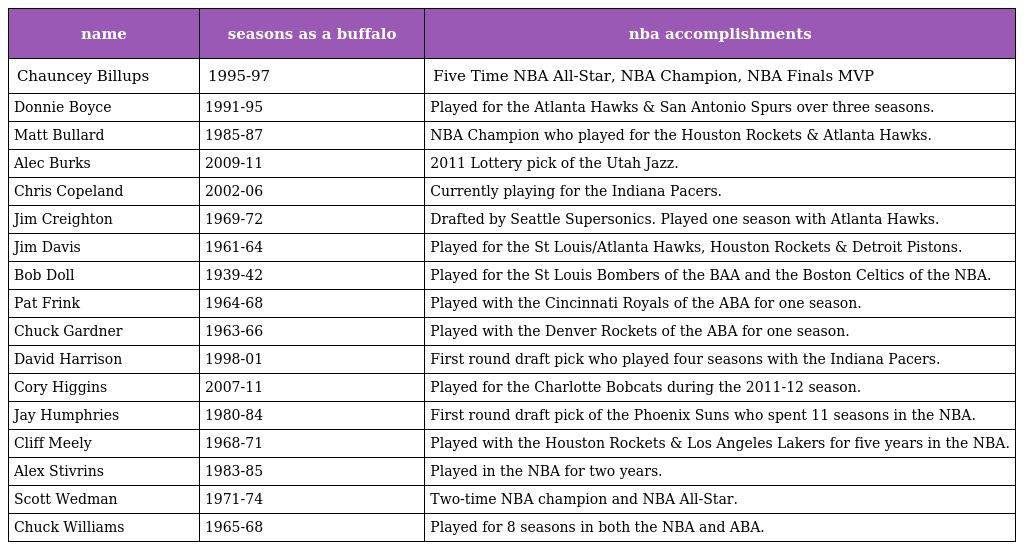
| name | seasons as a buffalo | nba accomplishments |
 | --- | --- | --- |
 | Chauncey Billups | 1995-97 | Five Time NBA All-Star, NBA Champion, NBA Finals MVP |
 | Donnie Boyce | 1991-95 | Played for the Atlanta Hawks & San Antonio Spurs over three seasons. |
 | Matt Bullard | 1985-87 | NBA Champion who played for the Houston Rockets & Atlanta Hawks. |
 | Alec Burks | 2009-11 | 2011 Lottery pick of the Utah Jazz. |
 | Chris Copeland | 2002-06 | Currently playing for the Indiana Pacers. |
 | Jim Creighton | 1969-72 | Drafted by Seattle Supersonics. Played one season with Atlanta Hawks. |
 | Jim Davis | 1961-64 | Played for the St Louis/Atlanta Hawks, Houston Rockets & Detroit Pistons. |
 | Bob Doll | 1939-42 | Played for the St Louis Bombers of the BAA and the Boston Celtics of the NBA. |
 | Pat Frink | 1964-68 | Played with the Cincinnati Royals of the ABA for one season. |
 | Chuck Gardner | 1963-66 | Played with the Denver Rockets of the ABA for one season. |
 | David Harrison | 1998-01 | First round draft pick who played four seasons with the Indiana Pacers. |
 | Cory Higgins | 2007-11 | Played for the Charlotte Bobcats during the 2011-12 season. |
 | Jay Humphries | 1980-84 | First round draft pick of the Phoenix Suns who spent 11 seasons in the NBA. |
 | Cliff Meely | 1968-71 | Played with the Houston Rockets & Los Angeles Lakers for five years in the NBA. |
 | Alex Stivrins | 1983-85 | Played in the NBA for two years. |
 | Scott Wedman | 1971-74 | Two-time NBA champion and NBA All-Star. |
 | Chuck Williams | 1965-68 | Played for 8 seasons in both the NBA and ABA. |